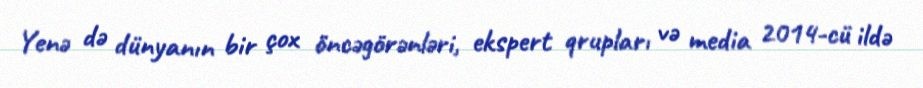
Yenə də dünyanın bir çox öncəgörənləri, ekspert qrupları və media 2014-cü ildə